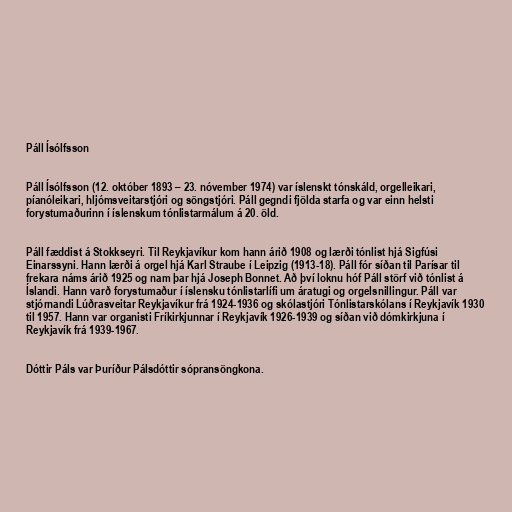
Páll Ísólfsson

Páll Ísólfsson (12. október 1893 – 23. nóvember 1974) var íslenskt tónskáld, orgelleikari,
píanóleikari, hljómsveitarstjóri og söngstjóri. Páll gegndi fjölda starfa og var einn helsti
forystumaðurinn í íslenskum tónlistarmálum á 20. öld.

Páll fæddist á Stokkseyri. Til Reykjavíkur kom hann árið 1908 og lærði tónlist hjá Sigfúsi
Einarssyni. Hann lærði á orgel hjá Karl Straube í Leipzig (1913-18). Páll fór síðan til Parísar til
frekara náms árið 1925 og nam þar hjá Joseph Bonnet. Að því loknu hóf Páll störf við tónlist á
Íslandi. Hann varð forystumaður í íslensku tónlistarlífi um áratugi og orgelsnillingur. Páll var
stjórnandi Lúðrasveitar Reykjavíkur frá 1924-1936 og skólastjóri Tónlistarskólans í Reykjavík 1930
til 1957. Hann var organisti Fríkirkjunnar í Reykjavík 1926-1939 og síðan við dómkirkjuna í
Reykjavík frá 1939-1967.

Dóttir Páls var Þuríður Pálsdóttir sópransöngkona.